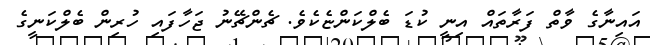
އައިނާގެ ވާތް ފަރާތައް އިނީ ކުޑަ ބެލްކަންޏެކެވެ. ޗެންޗޭނު ޖަހާފައި ހުރިން ބެލްކަނީގެ